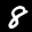
Label: 8